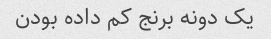
یک دونه برنج کم داده بودن